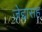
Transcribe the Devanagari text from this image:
जेद्दासह